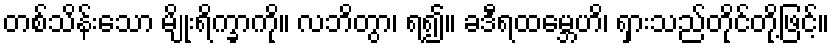
တစ်သိန်းသော မျိုးရိက္ခာကို။ လဘိတွာ၊ ရ၍။ ခဒီရထမ္ဘေဟိ၊ ရှားသည်တိုင်တို့ဖြင့်။